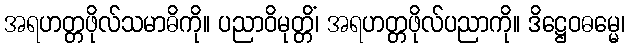
အရဟတ္တဖိုလ်သမာဓိကို။ ပညာဝိမုတ္တိံ၊ အရဟတ္တဖိုလ်ပညာကို။ ဒိဋ္ဌေဝဓမ္မေ၊